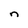
Character: n